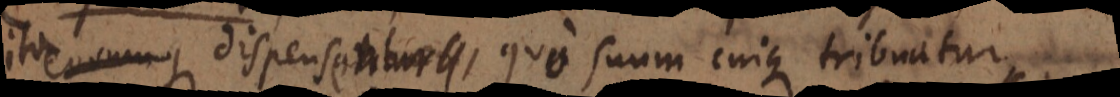
ita dispensentur, quo suum cuique tribuatur.